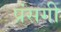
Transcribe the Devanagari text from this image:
प्रंसगी